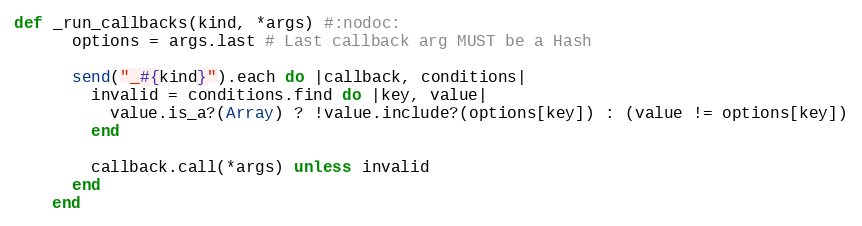
Language: Ruby
def _run_callbacks(kind, *args) #:nodoc:
      options = args.last # Last callback arg MUST be a Hash

      send("_#{kind}").each do |callback, conditions|
        invalid = conditions.find do |key, value|
          value.is_a?(Array) ? !value.include?(options[key]) : (value != options[key])
        end

        callback.call(*args) unless invalid
      end
    end